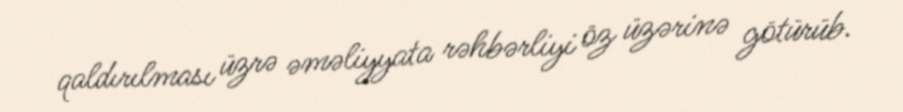
qaldırılması üzrə əməliyyata rəhbərliyi öz üzərinə götürüb.